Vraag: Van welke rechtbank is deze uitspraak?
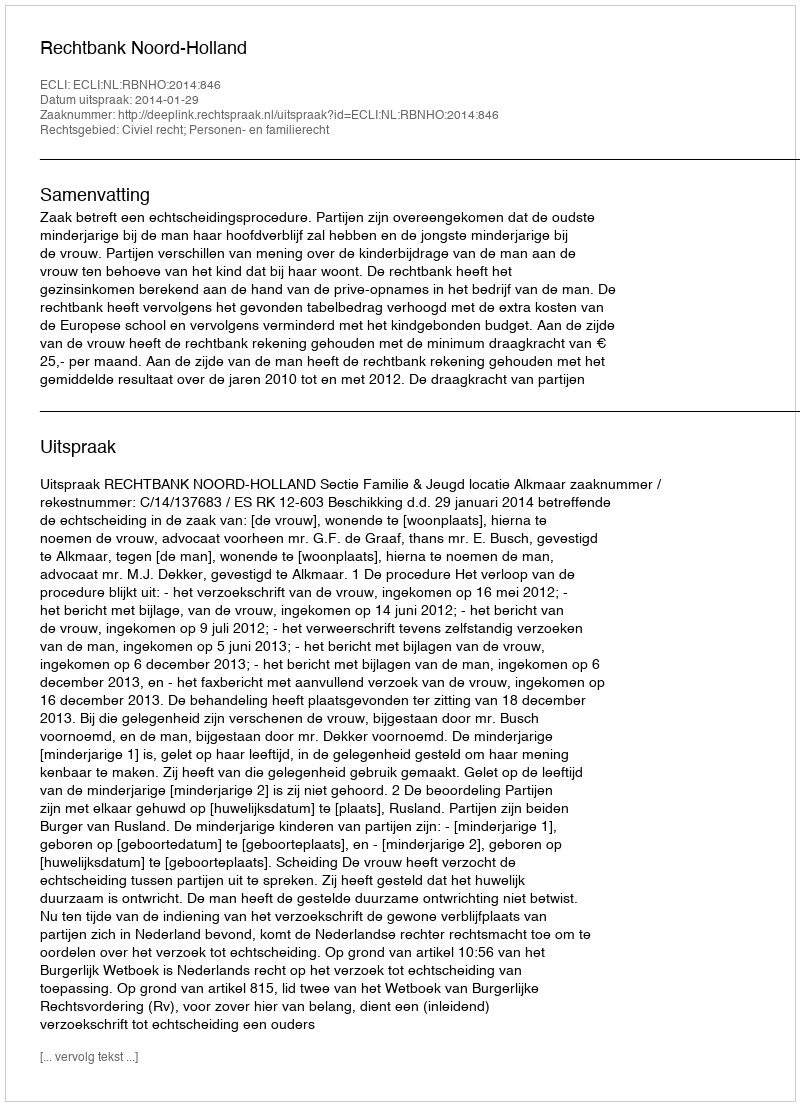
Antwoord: Rechtbank Noord-Holland